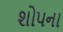
શોપના